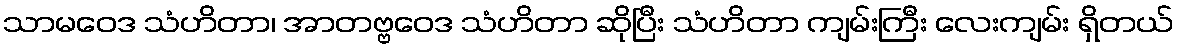
သာမဝေဒ သံဟိတာ၊ အာတဗ္ဗဝေဒ သံဟိတာ ဆိုပြီး သံဟိတာ ကျမ်းကြီး လေးကျမ်း ရှိတယ်